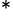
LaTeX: ^*